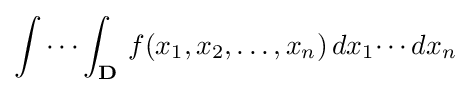
\int \cdots \int _{\mathbf {D} }\,f(x_{1},x_{2},\ldots ,x_{n})\,dx_{1}\!\cdots dx_{n}